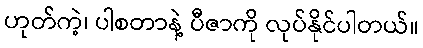
ဟုတ်ကဲ့၊ ပါစတာနဲ့ ပီဇာကို လုပ်နိုင်ပါတယ်။